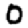
Digit: 0